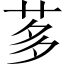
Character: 茤